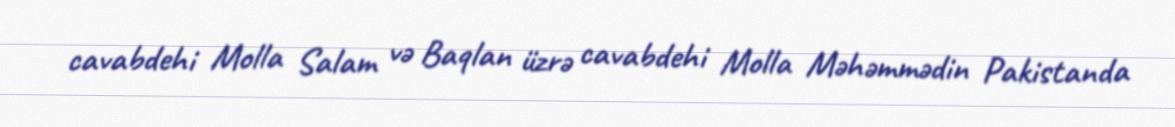
cavabdehi Molla Salam və Baqlan üzrə cavabdehi Molla Məhəmmədin Pakistanda